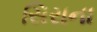
સિરાના